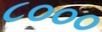
૮૦૦૦